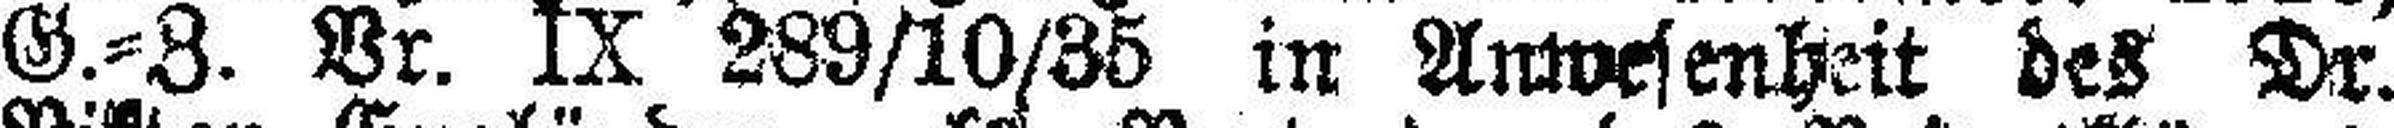
G.=Z. Vr. IX 289/10/35 in Anwesenheit des Dr.